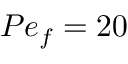
P e _ { f } = 2 0